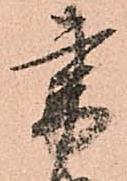
書